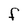
Character: f